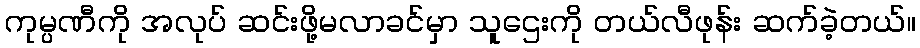
ကုမ္ပဏီကို အလုပ် ဆင်းဖို့မလာခင်မှာ သူဌေးကို တယ်လီဖုန်း ဆက်ခဲ့တယ်။